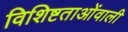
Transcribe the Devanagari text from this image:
विशिष्टताओंवाली